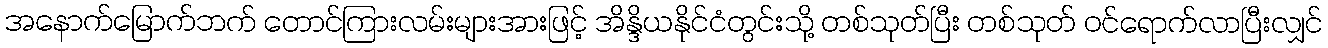
အနောက်မြောက်ဘက် တောင်ကြားလမ်းများအားဖြင့် အိန္ဒိယနိုင်ငံတွင်းသို့ တစ်သုတ်ပြီး တစ်သုတ် ဝင်ရောက်လာပြီးလျှင်